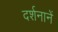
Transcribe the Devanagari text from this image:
दर्शनानें